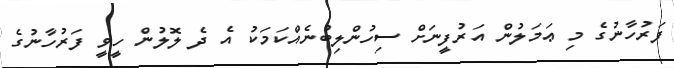
ފަރުހާނުގެ މި ޢަމަލުން އަރުފީނަށް ސިހުންލިބުނެއްކަމަކު އެ ދެ ލޮލުން ހީވީ ފަރުހާނުގެ